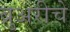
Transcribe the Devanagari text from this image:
ब्रुअरीचे